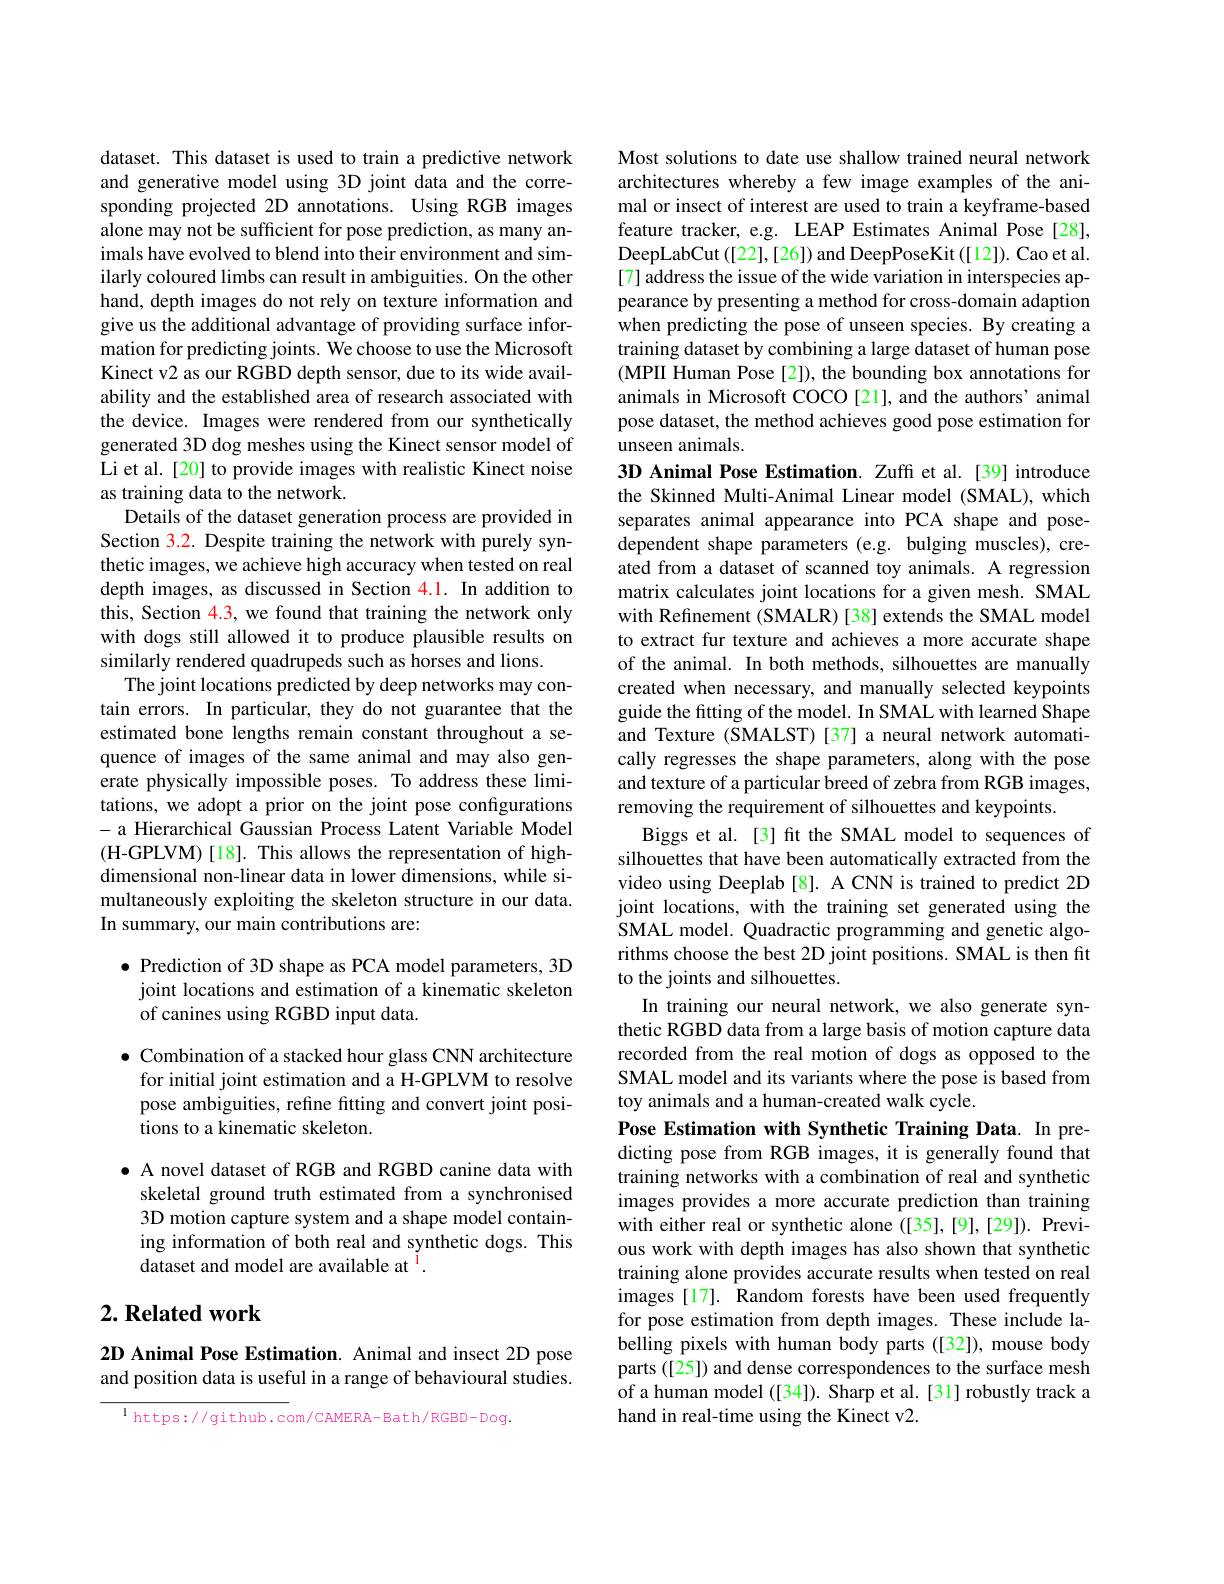
dataset. This dataset is used to train a predictive network and generative model using 3D joint data and the corresponding projected 2D annotations. Using RGB images alone may not be sufficient for pose prediction, as many animals have evolved to blend into their environment and similarly coloured limbs can result in ambiguities. On the other hand, depth images do not rely on texture information and give us the additional advantage of providing surface information for predicting joints. We choose to use the Microsoft Kinect v2 as our RGBD depth sensor, due to its wide availability and the established area of research associated with the device. Images were rendered from our synthetically generated 3D dog meshes using the Kinect sensor model of Li et al.[20] to provide images with realistic Kinect noise as training data to the network.
Details of the dataset generation process are provided in Section 3.2. Despite training the network with purely synthetic images, we achieve high accuracy when tested on real depth images, as discussed in Section 4.1. In addition to this, Section 4.3, we found that training the network only with dogs still allowed it to produce plausible results on similarly rendered quadrupeds such as horses and lions.
The joint locations predicted by deep networks may contain errors. In particular, they do not guarantee that the estimated bone lengths remain constant throughout a sequence of images of the same animal and may also generate physically impossible poses. To address these limitations, we adopt a prior on the joint pose configurations - a Hierarchical Gaussian Process Latent Variable Model (H-GPLVM)[18]. This allows the representation of highdimensional non-linear data in lower dimensions, while simultaneously exploiting the skeleton structure in our data. In summary, our main contributions are:

$\bullet$ Prediction of 3D shape as PCA model parameters, 3D joint locations and estimation of a kinematic skeleton of canines using RGBD input data.

$\bullet$ Combination of a stacked hour glass CNN architecture for initial joint estimation and a H-GPLVM to resolve pose ambiguities, refine fitting and convert joint positions to a kinematic skeleton.

$\bullet$ A novel dataset of RGB and RGBD canine data with
skeletal ground truth estimated from a synchronised 3D motion capture system and a shape model containing information of both real and synthetic dogs. This dataset and model are available at $^{\mathrm{l}}.$

## $2. \textbf{ Related work}$

2D Animal Pose Estimation. Animal and insect 2D pose and position data is useful in a range of behavioural studies.

$^{1}$ https://github.com/CAMERA-Bath/RGBD-Dog.

Most solutions to date use shallow trained neural network architectures whereby a few image examples of the animal or insect of interest are used to train a keyframe-based feature tracker, e.g. LEAP Estimates Animal Pose[28], DeepLabCut([22],[26]) and DeepPoseKit ([12]). Cao et al. [7] address the issue of the wide variation in interspecies appearance by presenting a method for cross-domain adaption when predicting the pose of unseen species. By creating a training dataset by combining a large dataset of human pose (MPII Human Pose[2]), the bounding box annotations for animals in Microsoft COCO[21], and the authors' animal pose dataset, the method achieves good pose estimation for unseen animals.

3D Animal Pose Estimation. Zuff et al.[39] introduce the Skinned Multi-Animal Linear model (SMAL), which separates animal appearance into PCA shape and posedependent shape parameters (e.g. bulging muscles), created from a dataset of scanned toy animals. A regression matrix calculates joint locations for a given mesh. SMAL with Refinement (SMALR) [38] extends the SMAL model to extract fur texture and achieves a more accurate shape of the animal. In both methods, silhouettes are manually created when necessary, and manually selected keypoints guide the fitting of the model. In SMAL with learned Shape and Texture (SMALST)[37] a neural network automatically regresses the shape parameters, along with the pose and texture of a particular breed of zebra from RGB images, removing the requirement of silhouettes and keypoints.
Biggs et al. [3] fit the SMAL model to sequences of silhouettes that have been automatically extracted from the video using Deeplab[8]. A CNN is trained to predict 2D joint locations, with the training set generated using the SMAL model. Quadractic programming and genetic algorithms choose the best 2D joint positions. SMAL is then fit to the joints and silhouettes.
In training our neural network, we also generate synthetic RGBD data from a large basis of motion capture data recorded from the real motion of dogs as opposed to the SMAL model and its variants where the pose is based from toy animals and a human-created walk cycle.
Pose Estimation with Synthetic Training Data. In predicting pose from RGB images, it is generally found that training networks with a combination of real and synthetic images provides a more accurate prediction than training with either real or synthetic alone ([35],[9],[29]). Previous work with depth images has also shown that synthetic training alone provides accurate results when tested on real images [17]. Random forests have been used frequently for pose estimation from depth images. These include labelling pixels with human body parts ([32]), mouse body parts ([25]) and dense correspondences to the surface mesh of a human model ([34]). Sharp et al.[31] robustly track a hand in real-time using the Kinect v2.